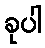
ခုပါ